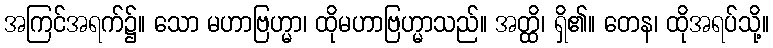
အကြင်အရက်၌။ သော မဟာဗြဟ္မာ၊ ထိုမဟာဗြဟ္မာသည်။ အတ္ထိ၊ ရှိ၏။ တေန၊ ထိုအရပ်သို့။